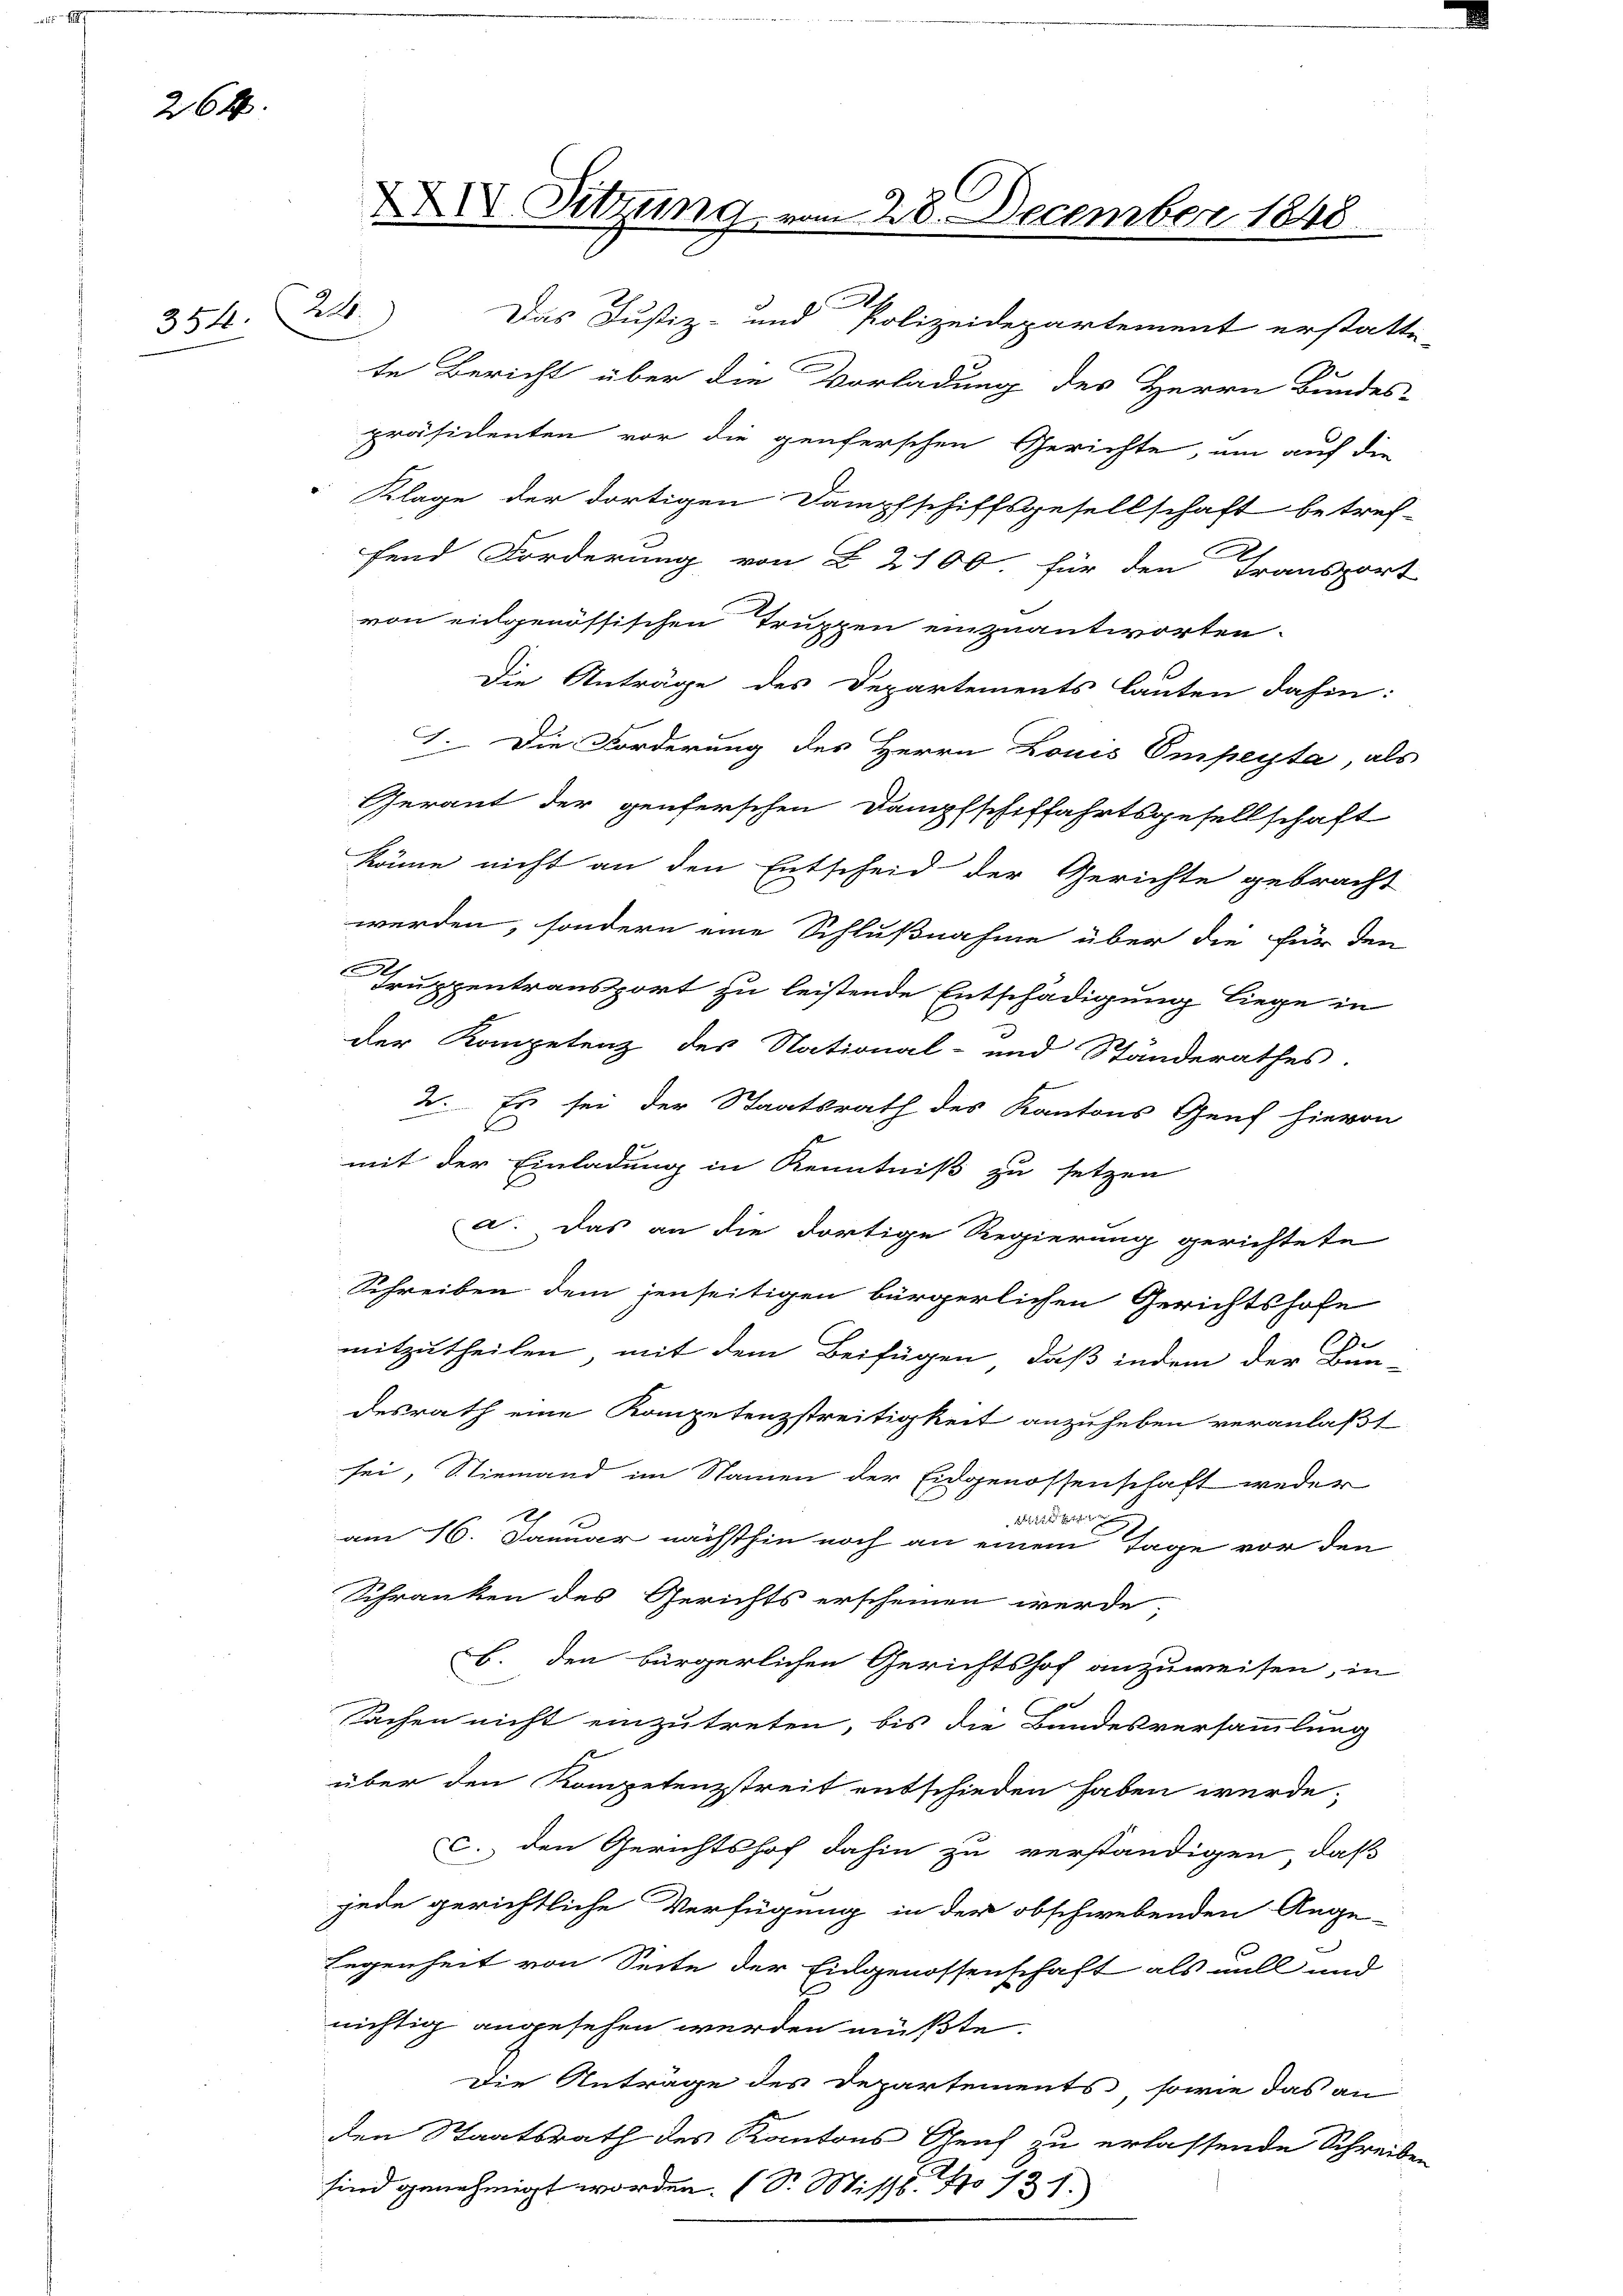
264.

354. 221.

präsidenten vor die genferschen Gerichte, um auf die
 Klage der dortigen Dampfschiffsgesellschaft betref-
fend Forderung von § 2100. für den Transport
von eidgenössischen Truppen einzuantworten.
Die Anträge des Departements lauten dahin:
I. Die Forderung des Herrn Louis Empeyta, als
Gerant der genferschen Dampfschiffahrtsgesellschaft
könne nicht an den Entscheid der Gerichte gebracht
werden, sondern eine Schlußnahme über die für den
Truppentransport zu leistende Entschädigung liege in
l
der Kompetenz des National- und Ständerathes.
2. Es sei der Staatsrath des Kantons Genf hievon
mit der Einladung in Kenntniß zu setzen
a. Das an die dortige Regierung gerichtete
n
Schreiben dem jenseitigen bürgerlichen Gerichtshofe
mitzutheilen, mit dem Beifügen, daß indem der Bun-
desrath eine Kompetenzstreitigkeit anzuheben veranlaßt
sei, Niemand im Namen der Eidgenossenschaft weder
am 16. Januar nächsthin noch an einem Tage vor den
Schranken des Gerichts erscheinen werde,
B. den bürgerlichen Gerichtshof anzuweisen, in
Sachen nicht einzutreten, bis die Bundesversammlung
über den Kompetenzstreit entschieden haben würde.
c. den Gerichtshof dahin zu verständigen, daß
jede gerichtliche Verfügung in der obschwebenden Ange-
egenheit von Seite der Eidgenossenschaft als will und
nichtig angesehen werden müßte.
Die Anträge des Departements, sowie das an
den Staatsrath des Kantons Genf zu erlassende Schreiben
sind genehmigt worden. (S. Mischt. No 131.)

XXXV. Sitzung vom 28. December 1848

Das Justiz- und Polizeidepartement erstatte-
.
te Bericht über die Vorladung des Herrn Bundes-